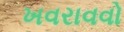
ખવરાવવો